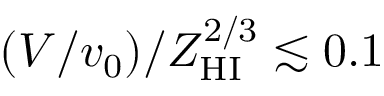
( V / v _ { 0 } ) / Z _ { \mathrm { H I } } ^ { 2 / 3 } \lesssim 0 . 1